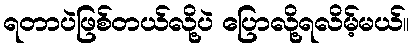
ရတာပဲဖြစ်တယ်လို့ပဲ ပြောလို့ရလိမ့်မယ်။